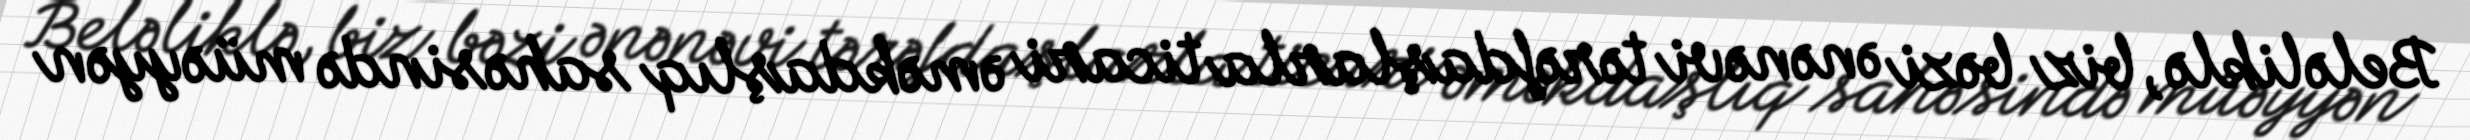
Beləliklə, biz bəzi ənənəvi tərəfdaşlarla ticari əməkdaşlıq sahəsində müəyyən